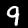
Digit: 9